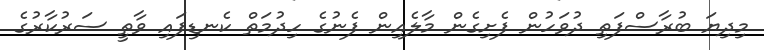
މިދިޔަ ބުރާސްފަތި ދުވަހުން ފެށިގެން މާލެއިން ފެނުގެ ހިދުމަތް ކެނޑިފައި ވާތީ ސަރުކާރުގެ